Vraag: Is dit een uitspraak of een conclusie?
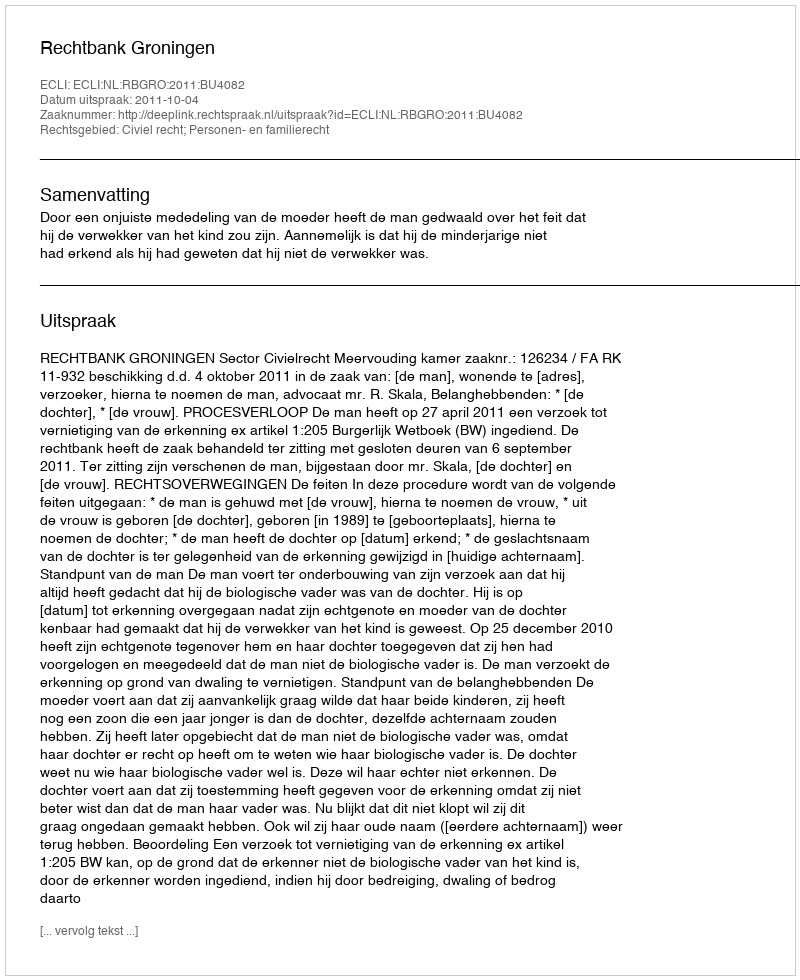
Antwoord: Uitspraak